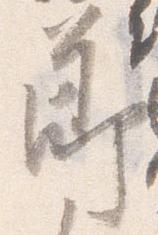
節